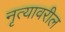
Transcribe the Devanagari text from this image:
नृत्यावरील